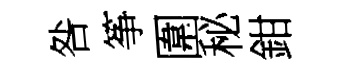
咎筝圍秘鉗